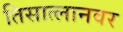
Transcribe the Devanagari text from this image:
तिसात्लानवर